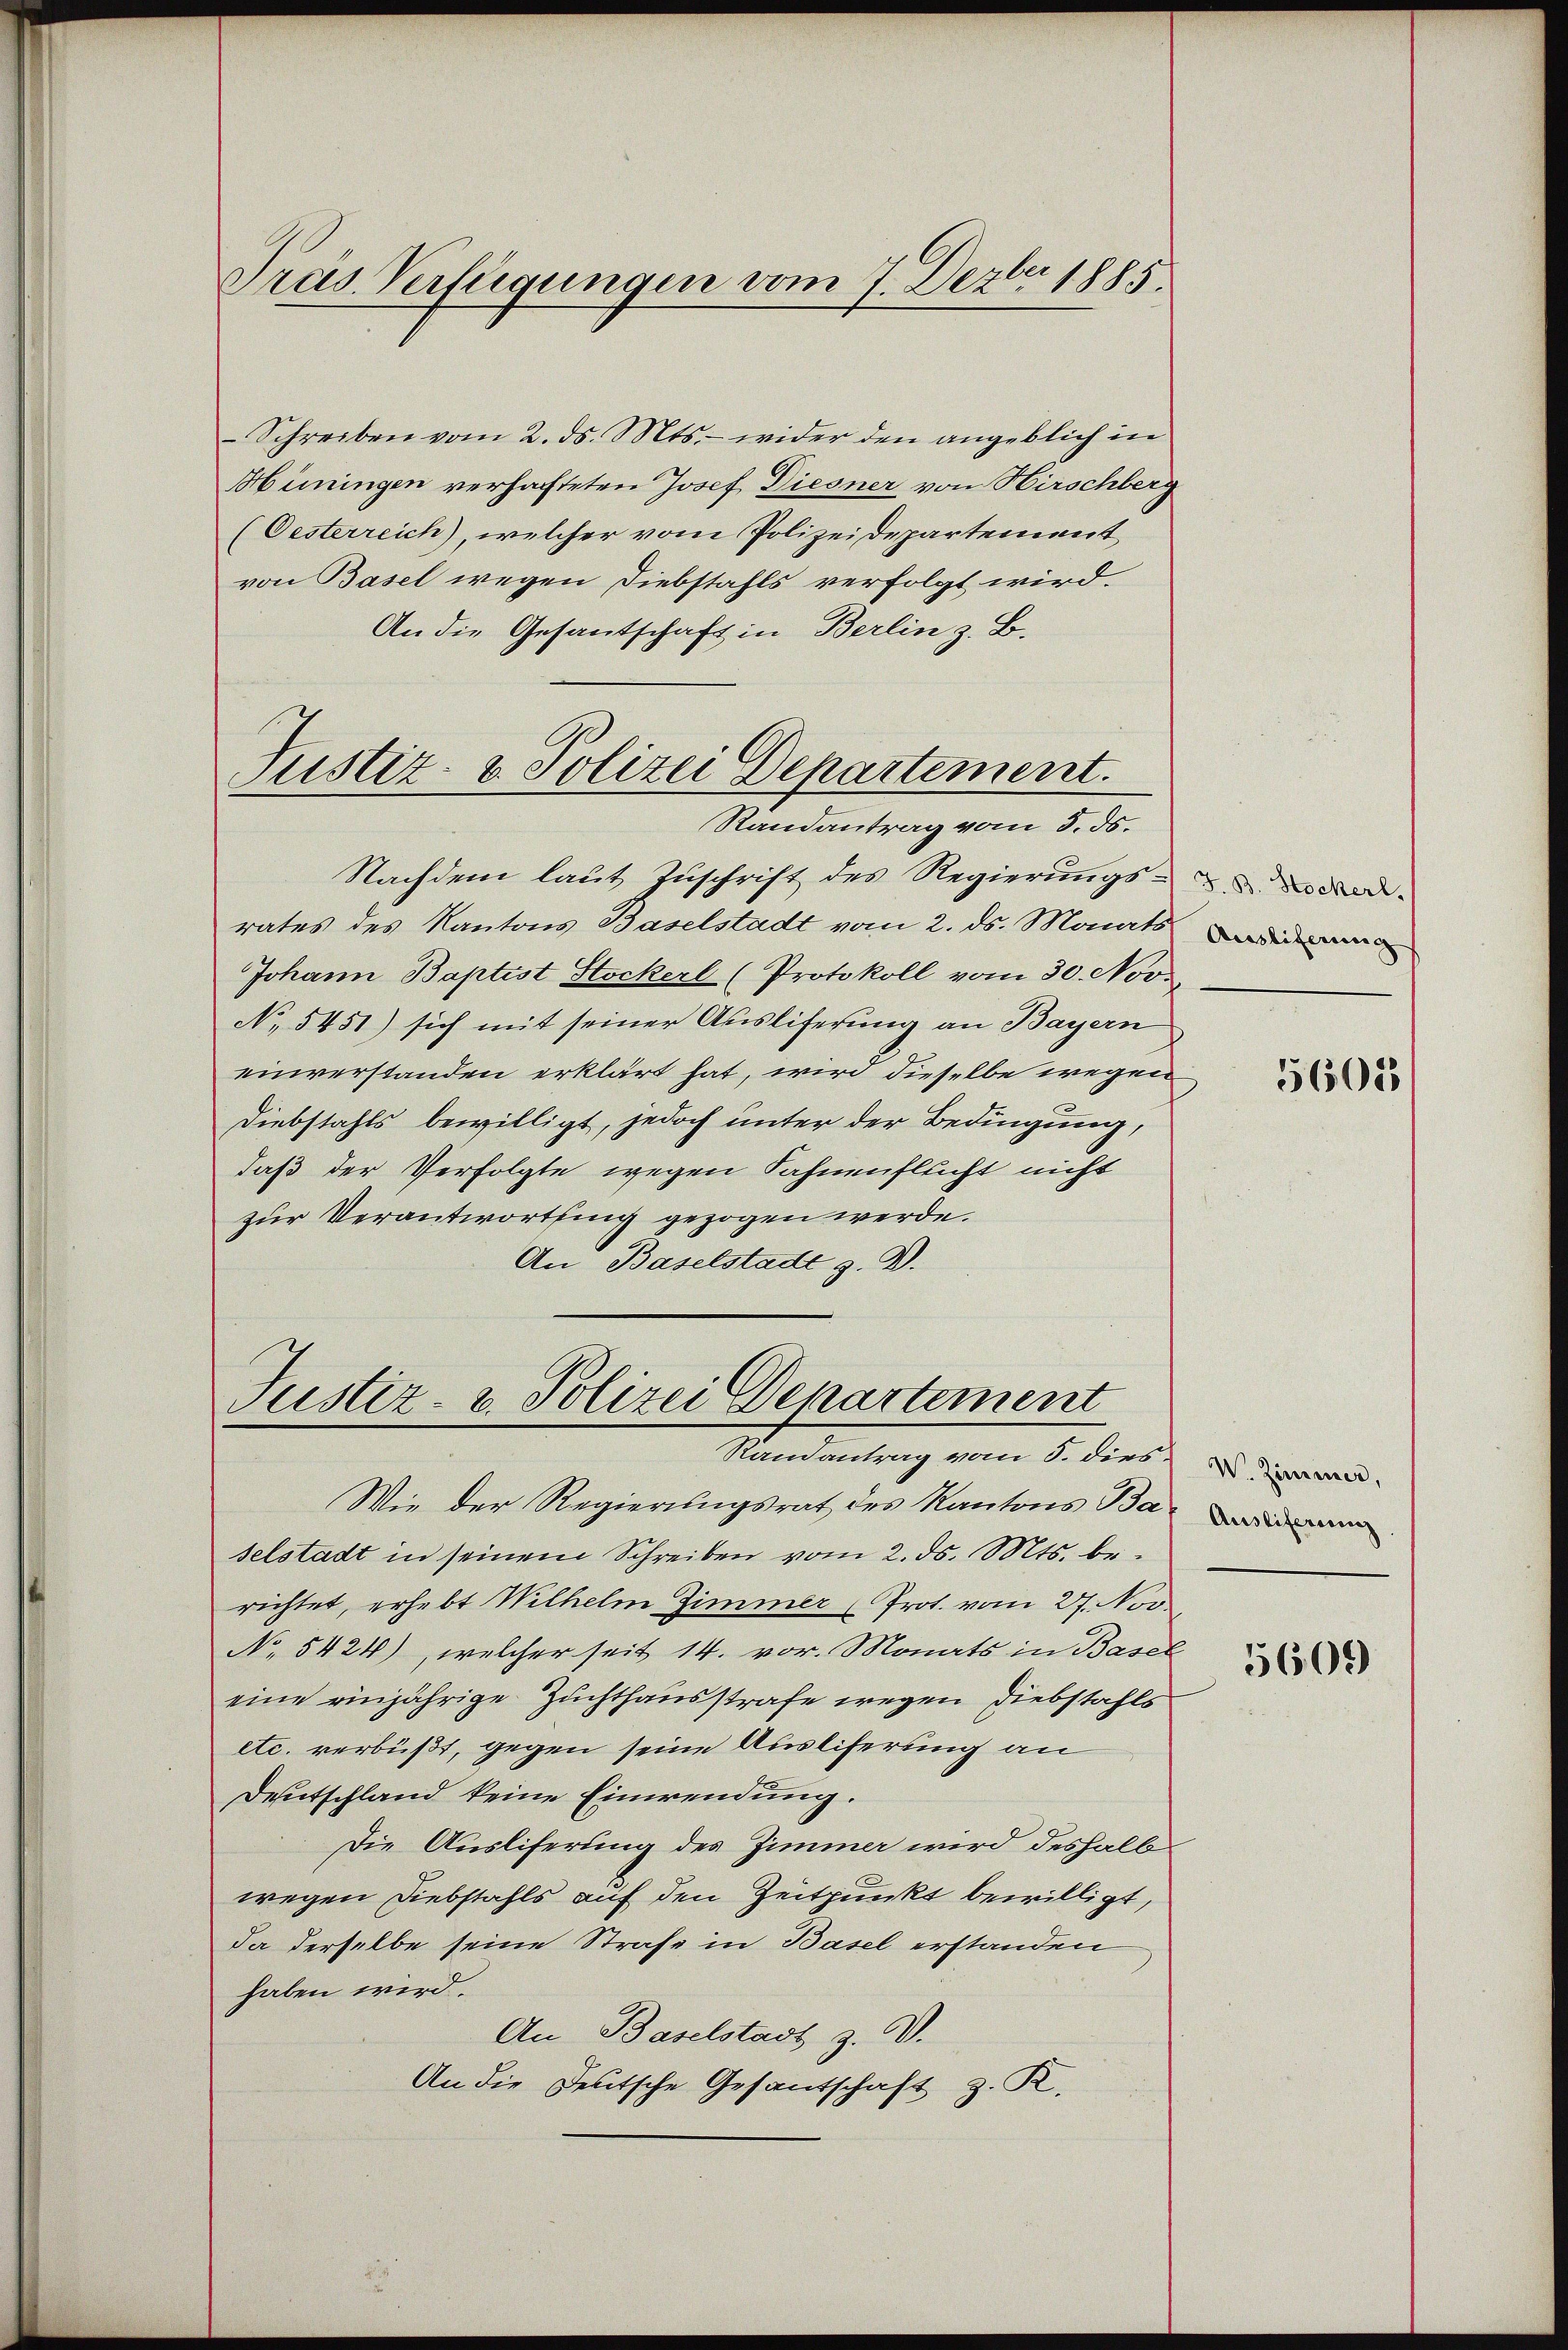
Präs. Verfügungen vom 7. Dezbr 1885.

Schreiben vom 2. ds. Mts. - wider den angeblich in
Hüningen verhafteten Josef Diesner von Hirschberg
(Oesterreich), welcher vom Polizeidepartement,
von Basel wegen Diebstahls verfolgt wird.
An die Gesantschaft in Berlin z. B.
Justiz- u. Polizei Departement.

Randantrag vom 5. ds.

Nachdem laut Zuschrift des Regierungs- und
rates des Kantons Baselstadt vom 2. ds. Monats
Johann Baptist Stockerl (Protokoll vom 30. Nov.
No 5451) sich mit seiner Ausliferung an Bayern
einverstanden erklärt hat, wird dieselbe wegen
Diebstahls bewilligt, jedoch unter der Bedingung,
daß der Verfolgte wegen Fahnenflucht nicht
zur Verantwortung gezogen werde.
An Baselstadt z. B.

Justiz- u. Polizei Departement
Randantrag vom 5. dies

Wie der Regierungsrat des Kantons Ba
selstadt in seinem Schreiben vom 2. ds. Mts. berichtet, erhebt Wilhelm Zimmer (Prot. vom 27. Nov.
No 5424), welcher seit 14. vor. Monats in Basel
eine einjährige Zuchthausstrafe wegen Diebstahls
etc. verbüßt, gegen seine Auslieferung an
Deutschland keine Einwendung.
Die Ausliferung des Zimmer wird deshalb
wegen Diebstahls auf den Zeitpunkt bewilligt,
Da derselbe seine Strafe in Basel erstanden
haben wird.
An Baselstadt z. V.
An die Deutsche Gesantschaft z. R.

Ausliferung

5601

W. Zimmener,

5609